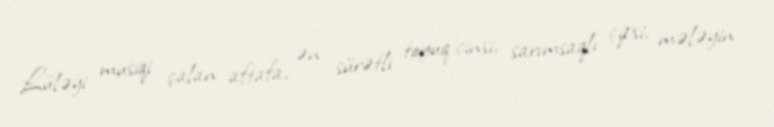
Lüləyi musiqi çalan aftafa, ən sürətli toyuq cinsi, sarımsaqlı çipsi, mələyin